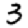
Digit: 3